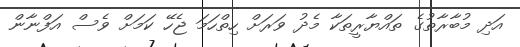
އަދި މުބާރާތުގެ ތައްޔާރީތަކާ މެދު ވަރަށް ހިތްހަމަ ޖެހޭ ކަމަށް ވެސް އަފްނާން